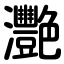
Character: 灧